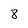
Character: 8